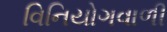
વિનિયોગવાળી